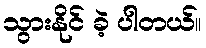
သွားနိုင် ခဲ့ ပါတယ်။